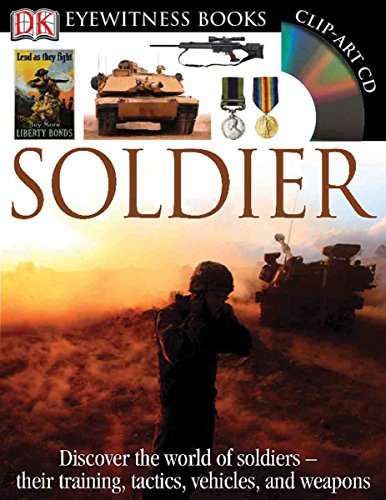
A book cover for Soldier (DK Eyewitness Books); Simon Adams; Children's Books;